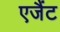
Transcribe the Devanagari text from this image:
एजैंट